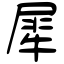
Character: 犀